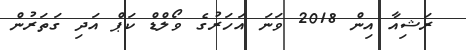
ރަޝިއާ އިން 2018 ވަނަ އަހަރުގެ ވޯލްޑް ކަޕް އަދި ގަތަރުން